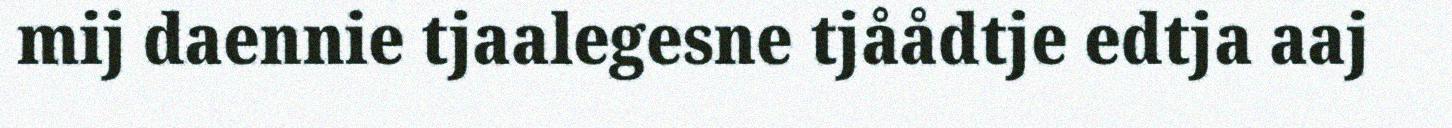
mij daennie tjaalegesne tjåådtje edtja aaj